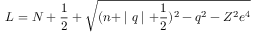
L = N + \frac 1 2 + \sqrt { ( n + \mid q \mid + \frac 1 2 ) ^ { 2 } - q ^ { 2 } - Z ^ { 2 } e ^ { 4 } }